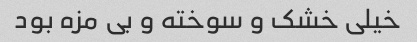
خیلی خشک و سوخته و بی مزه بود